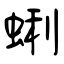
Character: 蜊